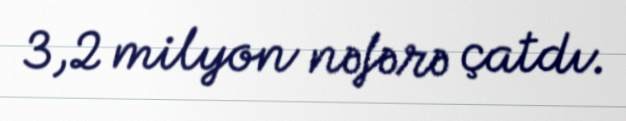
3,2 milyon nəfərə çatdı.